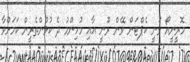
މޮރީނީއޯ ވަނީ ކެޕްޓަން ވޭން ރޫނީ އާއި މުހިންމު ދެ ކުޅުންތެރީން ކަމަށްވާ